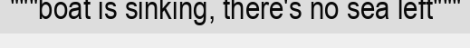
"""boat is sinking, there's no sea left"""